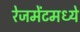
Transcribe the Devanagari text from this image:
रेजमेंटमध्ये